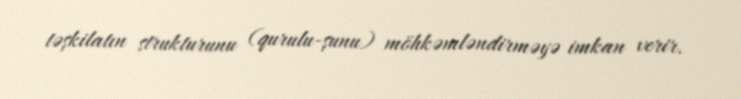
təşkilatın strukturunu (qurulu-şunu) möhkəmləndirməyə imkan verir.